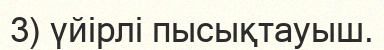
3) үйірлі пысықтауыш.